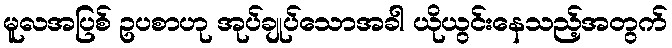
မူလအပြစ် ဥပစာဟု အုပ်ချုပ်သောအခါ ယိုယွင်းနေသည့်အတွက်